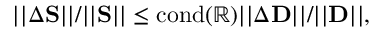
| | \Delta \mathbf { S } | | / | | \mathbf { S } | | \leq \mathrm { c o n d ( \mathbb { R } ) } | | \Delta \mathbf { D } | | / | | \mathbf { D } | | ,